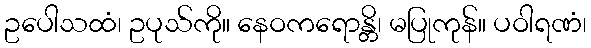
ဥပေါသထံ၊ ဥပုသ်ကို။ နေဝကရောန္တိ၊ မပြုကုန်။ ပဝါရဏံ၊